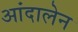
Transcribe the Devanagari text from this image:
आंदालेन